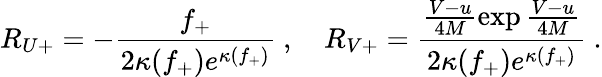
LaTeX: R_{U+}=-\frac{f_{+}}{2\kappa(f_{+})e^{\kappa(f_{+})}}\ ,\quad R_{V+}=\frac{\frac{V-u}{4M}\exp\frac{V-u}{4M}}{2\kappa(f_{+})e^{\kappa(f_{+})}}\ .